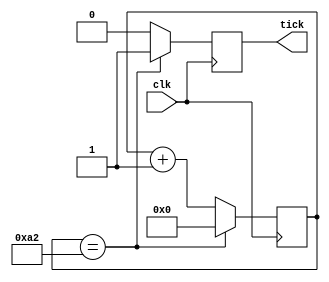
`timescale 10ns / 1ps
//////////////////////////////////////////////////////////////////////////////////
// Company: 
// Engineer: 
// 
// Create Date: 
// Design Name: 
// Module Name: Baudrate_Gen
// Project Name: 
// Target Devices: 
// Tool Versions: 
// Description: 
// 
// Dependencies: 
// 
// Revision:
// Revision 0.01 - File Created
// Additional Comments:
// 
//////////////////////////////////////////////////////////////////////////////////


module Baudrate_Gen
  #(
    parameter BAUDRATE = 19200,
    parameter CLOCK = 50000000, //revisar constraint
    parameter TICK_RATE = CLOCK / (BAUDRATE * 16),
    parameter N_TICK_COUNTER = $clog2(TICK_RATE)
    )
   (
    output wire tick,
    input wire clk
    );
    
    reg [N_TICK_COUNTER - 1 : 0] tick_counter;
    reg tick_flag;
    
    initial begin
        tick_counter = 0;
        tick_flag = 0;
    end
    
    always @(posedge clk) begin
       if( tick_counter == TICK_RATE ) begin
            tick_counter <= 0;
            tick_flag <= 1;
            end 
       else begin
            tick_counter <= tick_counter + 1;
            tick_flag <= 0;
            end
    end
    
    assign tick = tick_flag;
endmodule